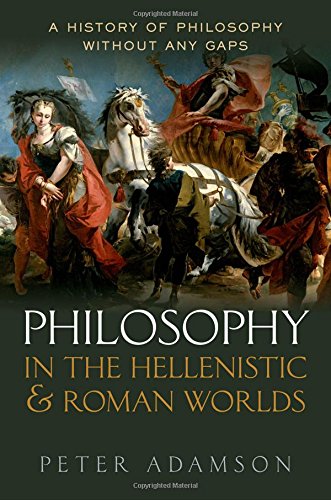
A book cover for Philosophy in the Hellenistic and Roman Worlds: A History of Philosophy without any gaps, Volume 2; Peter Adamson; History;